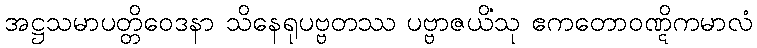
အဋ္ဌသမာပတ္တိဝေဒနာ သိနေရုပဗ္ဗတဿ ပဗ္ဗာဇယိံသု ဧကတောဝဏ္ဋိကမာလံ